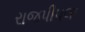
રાજપીપલા